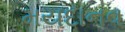
મયદાનવ